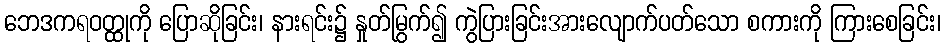
ဘေဒကရဝတ္ထုကို ပြောဆိုခြင်း၊ နားရင်း၌ နှုတ်မြွက်၍ ကွဲပြားခြင်းအားလျောက်ပတ်သော စကားကို ကြားစေခြင်း၊